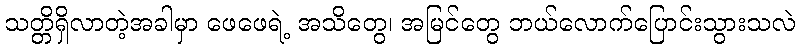
သတ္တိရှိလာတဲ့အခါမှာ ဖေဖေရဲ့ အသိတွေ၊ အမြင်တွေ ဘယ်လောက်ပြောင်းသွားသလဲ